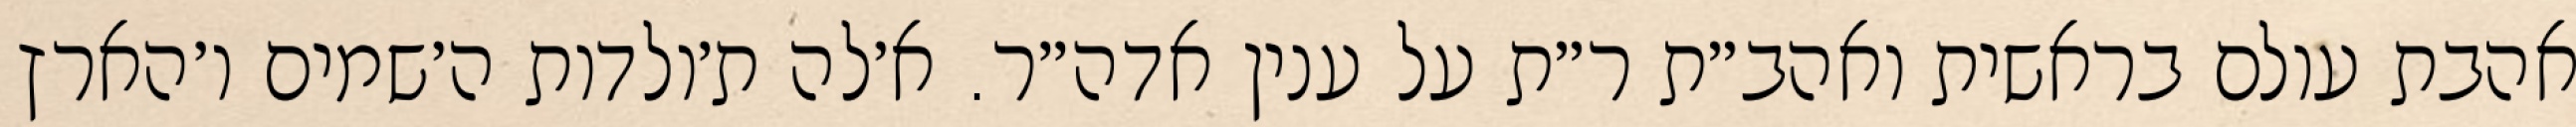
אהבת עולם בראשית ואהב״ת ר״ת על ענין אדה״ר. א׳לה ת׳ולדות ה׳שמים ו׳הארץ